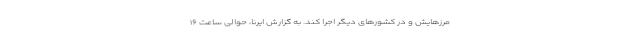
مرزهایش و در کشورهای دیگر اجرا کند. به گزارش ایرنا، حوالی ساعت ۱۶